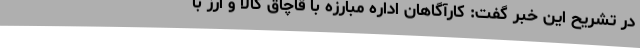
در تشریح این خبر گفت: کارآگاهان اداره مبارزه با قاچاق کالا و ارز با